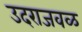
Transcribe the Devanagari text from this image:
उदराजवळ